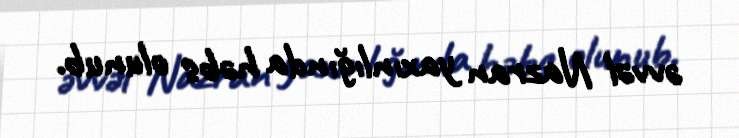
əvvəl Nazran yaxınlığında həbs olunub.